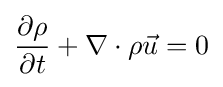
{\frac {\partial \rho }{\partial t}}+\nabla \cdot \rho {\vec {u}}=0